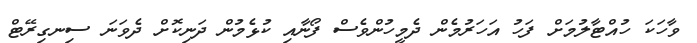
ވާހަކަ ހުއްޓާލުމަށް ފަހު އަހަރުމެން ދެމީހުންވެސް ފޯނާއި ކުޅެމުން ދަނިކޮށް ދެވަނަ ސިނގިރޭޓް